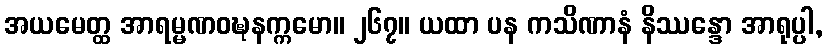
အယမေတ္ထ အာရမ္မဏဝဍ္ဎနက္ကမော။ ၂၆၇။ ယထာ ပန ကသိဏာနံ နိဿန္ဒော အာရုပ္ပါ,